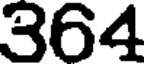
364